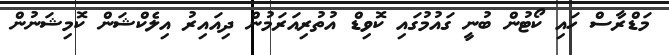
މަޑްރާސް ހައި ކޯޓުން ބުނީ ގައުމުގައި ކޮވިޑް އުތުރިއަރަމުން ދިއައިރު އިލެކްޝަން ކޮމިޝަނުން